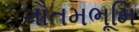
ગૌતમભૂમિ